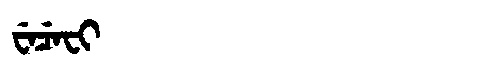
Manchu: ᠸᡝᠴᡝᠸᡳ
Romanization: WECEFI